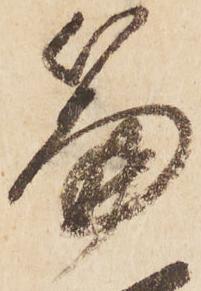
篇